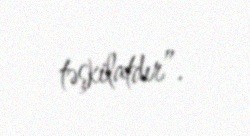
təşkilatdır”.